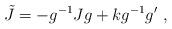
LaTeX: \begin{align*}\tilde{J}=-g^{-1}Jg+kg^{-1}g^{\prime }\, \, ,\end{align*}